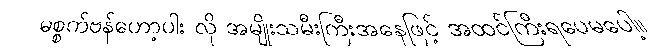
မစ္စက်ဗန်ဟော့ပါး လို အမျိုးသမီးကြီးအနေဖြင့် အထင်ကြီးရပေမပေါ့။